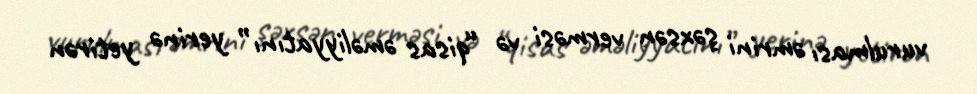
vurulması əmrini şəxsən verməsi və “qisas əməliyyatını” yerinə yetirən